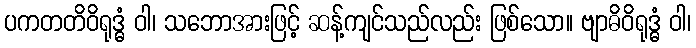
ပကတတိဝိရုဒ္ဓံ ဝါ၊ သဘောအားဖြင့် ဆန့်ကျင်သည်လည်း ဖြစ်သော။ ဗျာဓိဝိရုဒ္ဓံ ဝါ၊